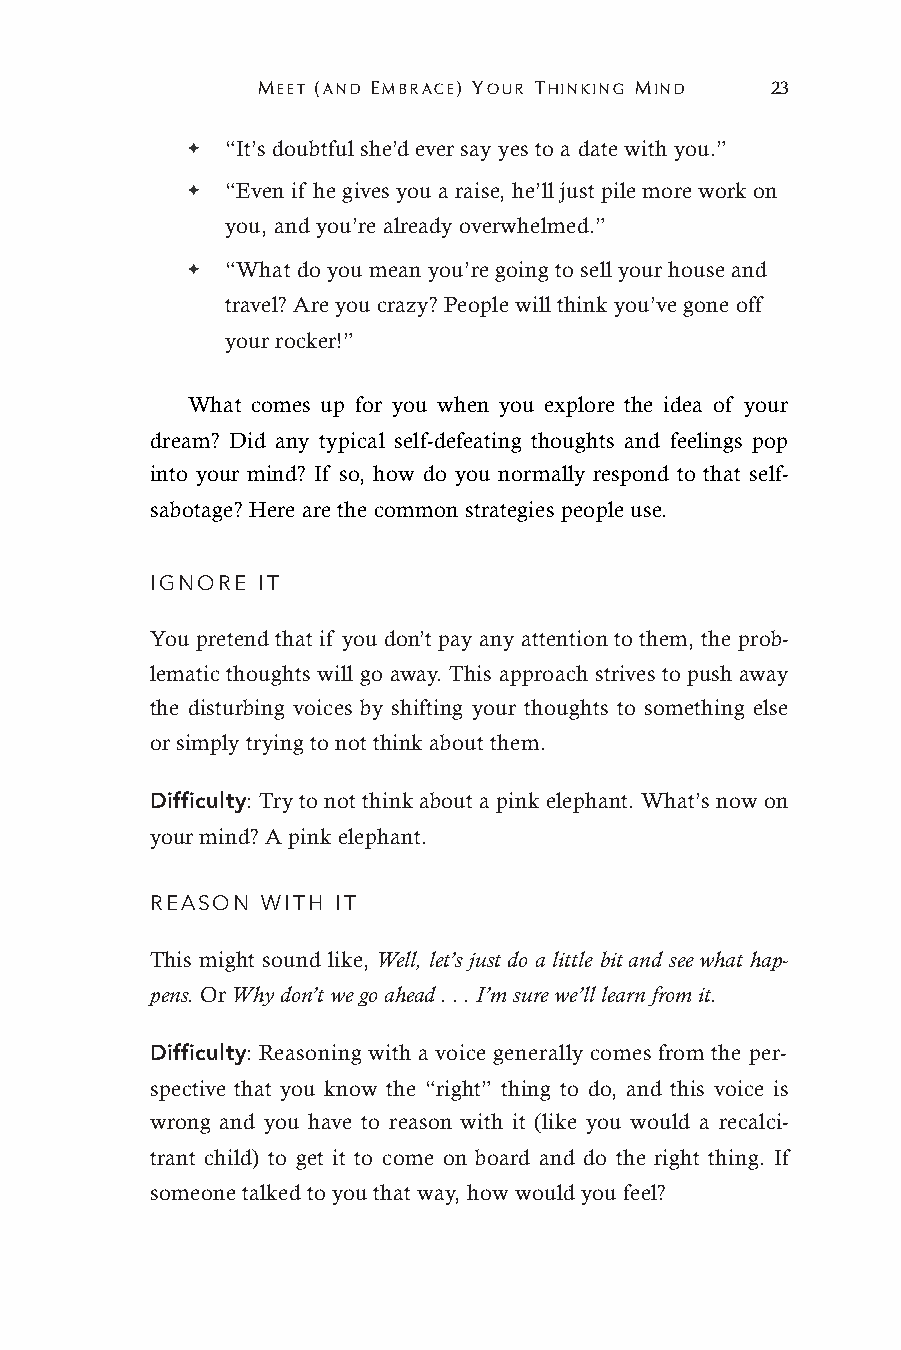
MEET (AND EMBRACE) YOUR THINKING MIND 23
 ✦  “It’s doubtful she’d ever say yes to a date with you.”
 ✦  “Even if he gives you a raise, he’ll just pile more work on
 you, and you’re already overwhelmed.”
 ✦  “What do you mean you’re going to sell your house and
 travel? Are you crazy? People will think you’ve gone off
 your rocker!”
 What comes up for you when you explore the idea of your
 dream? Did any typical self-defeating thoughts and feelings pop
 into your mind? If so, how do you normally respond to that self-
 sabotage? Here are the common strategies people use.
 IGNORE IT
 You pretend that if you don’t pay any attention to them, the prob-
 lematic thoughts will go away. This approach strives to push away
 the disturbing voices by shifting your thoughts to something else
 or simply trying to not think about them.
 Difficulty: Try to not think about a pink elephant. What’s now on
 your mind? A pink elephant.
 REASON WITH IT
 This might sound like, Well, let’s just do a little bit and see what hap-
 pens. Or Why don’t we go ahead . . . I’m sure we’ll learn from it.
 Difficulty: Reasoning with a voice generally comes from the per-
 spective that you know the “right” thing to do, and this voice is
 wrong and you have to reason with it (like you would a recalci-
 trant child) to get it to come on board and do the right thing. If
 someone talked to you that way, how would you feel?